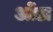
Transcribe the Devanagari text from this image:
ओंडा